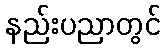
နည်းပညာတွင်